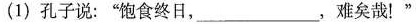
(1)孔子说：”饱食终日，___，难矣哉！”